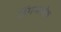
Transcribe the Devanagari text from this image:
डिंगलकोष